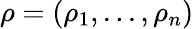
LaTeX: \rho=(\rho_{1},...,\rho_{n})